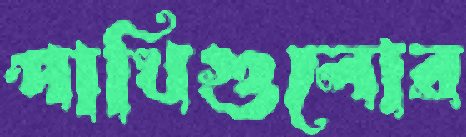
পাখিগুলোর